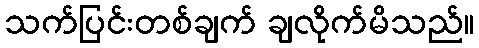
သက်ပြင်းတစ်ချက် ချလိုက်မိသည်။